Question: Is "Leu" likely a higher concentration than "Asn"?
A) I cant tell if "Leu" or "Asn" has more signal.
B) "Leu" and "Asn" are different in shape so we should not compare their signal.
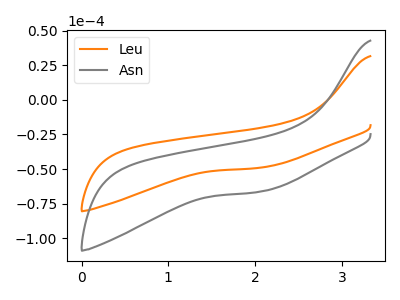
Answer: <think>The orange curve "Leu" has no peaks. The gray curve "Asn" has no peaks.
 Neither "Leu" or "Asn" have any peaks.</think>
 <answer>A) I cant tell if "Leu" or "Asn" has more signal.</answer>
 <eval>A</eval>